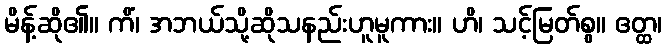
မိန့်ဆို၏။ ကိံ၊ အဘယ်သို့ဆိုသနည်းဟူမူကား။ ဟိ၊ သင့်မြတ်စွ။ ဧတ္ထ၊